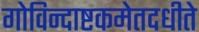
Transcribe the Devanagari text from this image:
गोविन्दाष्टकमेतदधीते